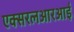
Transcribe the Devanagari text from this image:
एक्सरलआरआर्इ